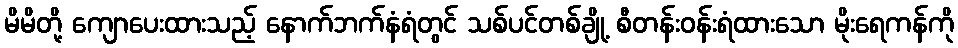
မိမိတို့ ကျောပေးထားသည့် နောက်ဘက်နံရံတွင် သစ်ပင်တစ်ချို့ စီတန်းဝန်းရံထားသော မိုးရေကန်ကို